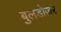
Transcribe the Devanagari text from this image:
बुलडोज़र